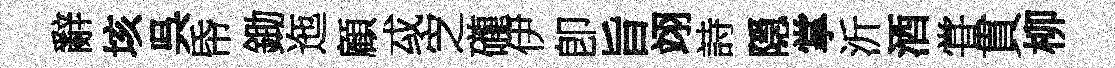
辭垓呉帋鋤迤顧㦯㝎礲伊卽旨翊詩隠掌沂酒甞貫柳